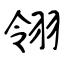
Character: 翎